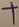
Text: +